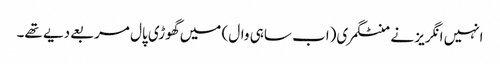
انہیں انگریز نے منٹگمری(اب ساہی وال) میں گھوڑی پال مربعے دیے تھے۔